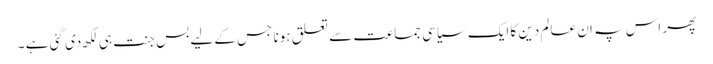
پھر اس پہ ان عالم دین کا ایک سیاسی جماعت سے تعلق ہونا جس کے لیے بس جنت ہی لکھ دی گئی ہے ۔